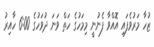
ޒުހާ މަރުވެފައި އޮއްވާ ފެނުނީ މިމަހުގެ ހަތް ވަނަ ދުވަހުގެ 6:00 ހާއިރު